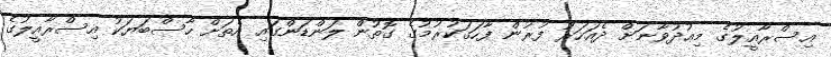
އިސްރާއީލުގެ މިޢުދުވާނަށް ދެއަހަރު ފުރުން ފާހަގަކުރުމުގެ ގޮތުން ލަންޑަންގައި އެތަށް ހާސްބަޔަކު އިސްރާއީލުގެ